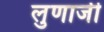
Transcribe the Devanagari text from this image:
लुणाजी